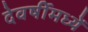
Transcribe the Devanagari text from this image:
देवर्षीमध्यें